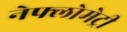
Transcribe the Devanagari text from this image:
नेफ्लोमेट्री